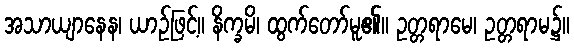
အသာယျာနေန၊ ယာဉ်ဖြင့်။ နိက္ခမိ၊ ထွက်တော်မူ၏။ ဥတ္တရာမေ၊ ဥတ္တရာမ၌။